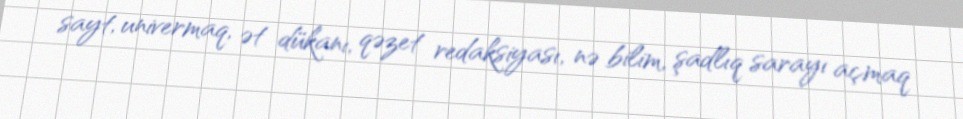
sayt, univermaq, ət dükanı, qəzet redaksiyası, nə bilim, şadlıq sarayı açmaq